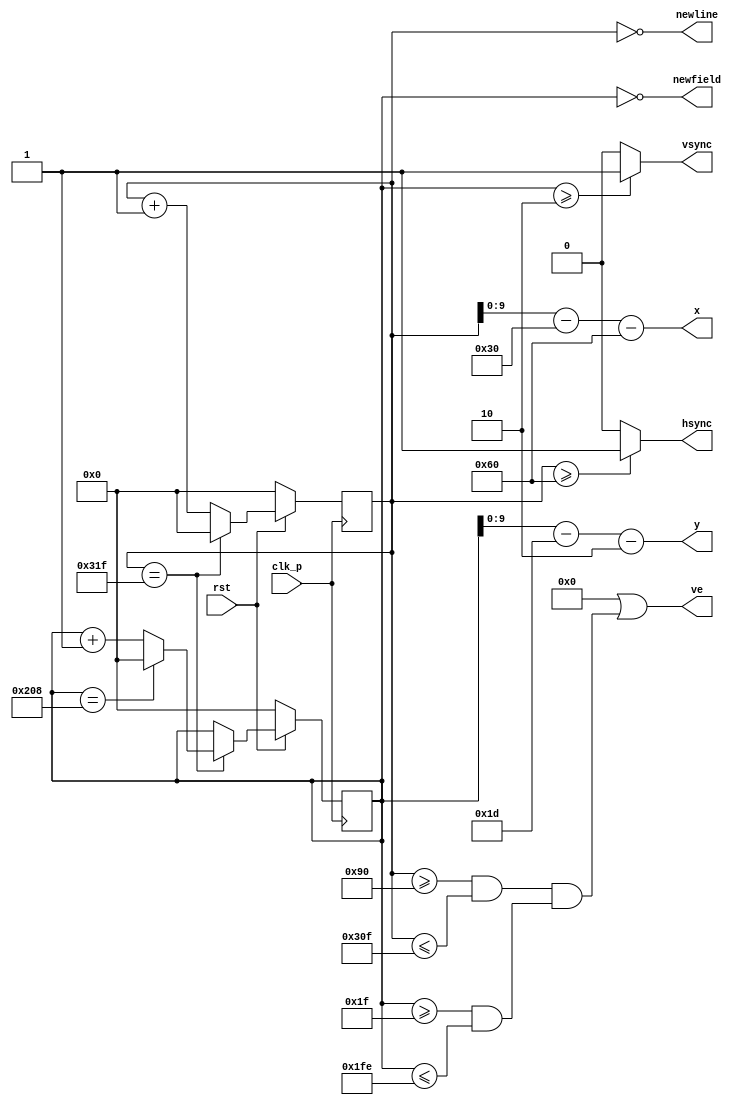
module vga_3(
   hsync, vsync, x, y, ve, newline, newfield,
   clk_p, rst
   );
	input wire clk_p;
	input wire rst;
	output wire hsync, vsync;
	output wire [9:0] x, y; 
	output wire ve;
	output wire newline, newfield;
	assign newline = x_i == 0;
	assign newfield = y_i == 0;
	reg [10:0] x_i, y_i; 
	parameter h_pixel = 'd639;
	parameter v_pixel = 'd479;
	parameter v_front_porch = 'd10;
	parameter v_sync_pulse = 'd2;
	parameter v_back_porch = 'd29; 
	parameter h_front_porch = 'd16;
	parameter h_sync_pulse = 'd96;
	parameter h_back_porch = 'd48;
	parameter line = h_pixel + h_front_porch + h_sync_pulse + h_back_porch;
	parameter field = v_pixel + v_front_porch + v_sync_pulse + v_back_porch;
	always @(posedge clk_p) begin
		if(~rst) begin 
			x_i <= 0;
		end
		else begin
			if(x_i == line) begin
				x_i <= 0;
			end
			else begin
				x_i <= x_i + 1;
			end
		end
	end
	always @(posedge clk_p) begin
		if(~rst) begin
			y_i <= 0;
		end
		else if (x_i == line) begin
			if(y_i == field) begin
				y_i <= 0;
			end
			else begin 
				y_i <= y_i + 1;
			end
		end
	end
	assign hsync = (x_i >= h_sync_pulse) ? 1: 0;
	assign vsync = (y_i >= v_sync_pulse) ? 1: 0;
	assign ve = 0
				||	(x_i >= h_sync_pulse + h_back_porch && x_i <= line - h_front_porch) && (y_i >= v_sync_pulse + v_back_porch && y_i <= field - v_front_porch)
				;
	assign x = x_i - h_back_porch - h_sync_pulse;
	assign y = y_i - v_back_porch - v_sync_pulse;
endmodule